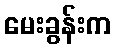
မေးခွန်းက